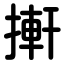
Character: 搟